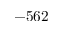
- 5 6 2